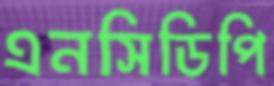
এনসিডিপি